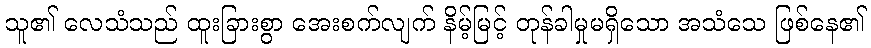
သူ၏ လေသံသည် ထူးခြားစွာ အေးစက်လျက် နိမ့်မြင့် တုန်ခါမှုမရှိသော အသံသေ ဖြစ်နေ၏